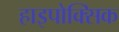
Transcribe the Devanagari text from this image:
हाइपोक्सिक